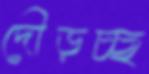
দৌড়চ্ছ